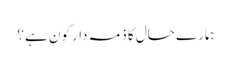
ہمارے حال کا ذمہ دار کون ہے؟